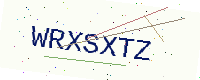
Text: WRXSXTZ